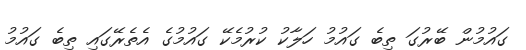
ގައުމުން ބޭރުގަ ތިބެ ގައުމު ހަލާކު ކުރުމެކޭ ގައުމުގެ އެތެރޭގައި ތިބެ ގައުމު